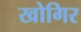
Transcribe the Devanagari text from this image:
खोगिर